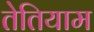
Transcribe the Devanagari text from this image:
तेतियाम